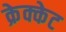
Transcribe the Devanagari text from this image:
क्रेक्केट